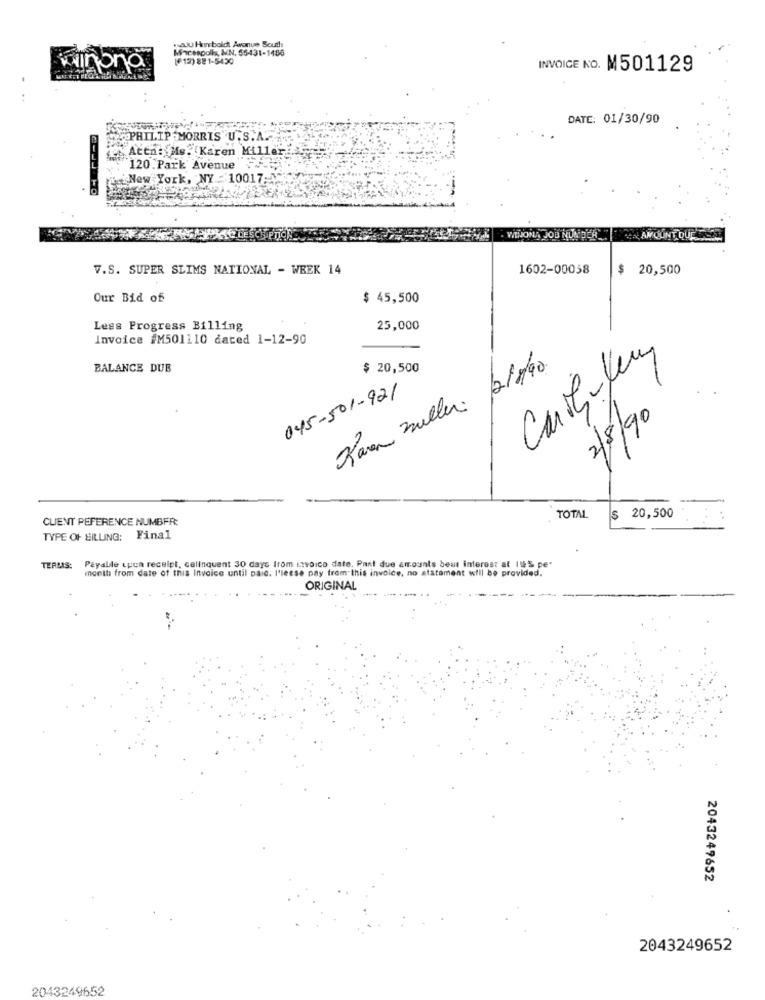
Mincespolis, IN, 55431-1486
walu Humboldt Avenue South
[f12) 821-5450
winona
INVOICE NO. M501129
DATE: 01/30/90
PHILIP MORRIS U . S.A ..
Attn: Ms. Karen Miller
120 Park Avenue
New York, NY : 10017-
.
WINONA JOB NUMBER
CAN AMOUNT DUE
V.S. SUPER SLIMS NATIONAL - WEEK 14
1602-00038
$ 20,500
Our Bid of
$ 45,500
Less Progress Billing
25,000
Invoice #M501110 dated 1-12-90
BALANCE DUB
Karen millen /2/5/40.
$ 20,500
045-501-921
2/8/90
TOTAL
$ 20,500
CLIENT PEFERENCE NUMBER:
TYPE OF BILLING: Final
TERMAS:
Payable upon receipt, calinquent 30 days from invoice date. Pant due amounts beur interest at 195 pe"
month from date of this Invoice until paio. l'leese pay from this invoice, no statement will be provided.
ORIGINAL
2043249652
2043249652
2043249652